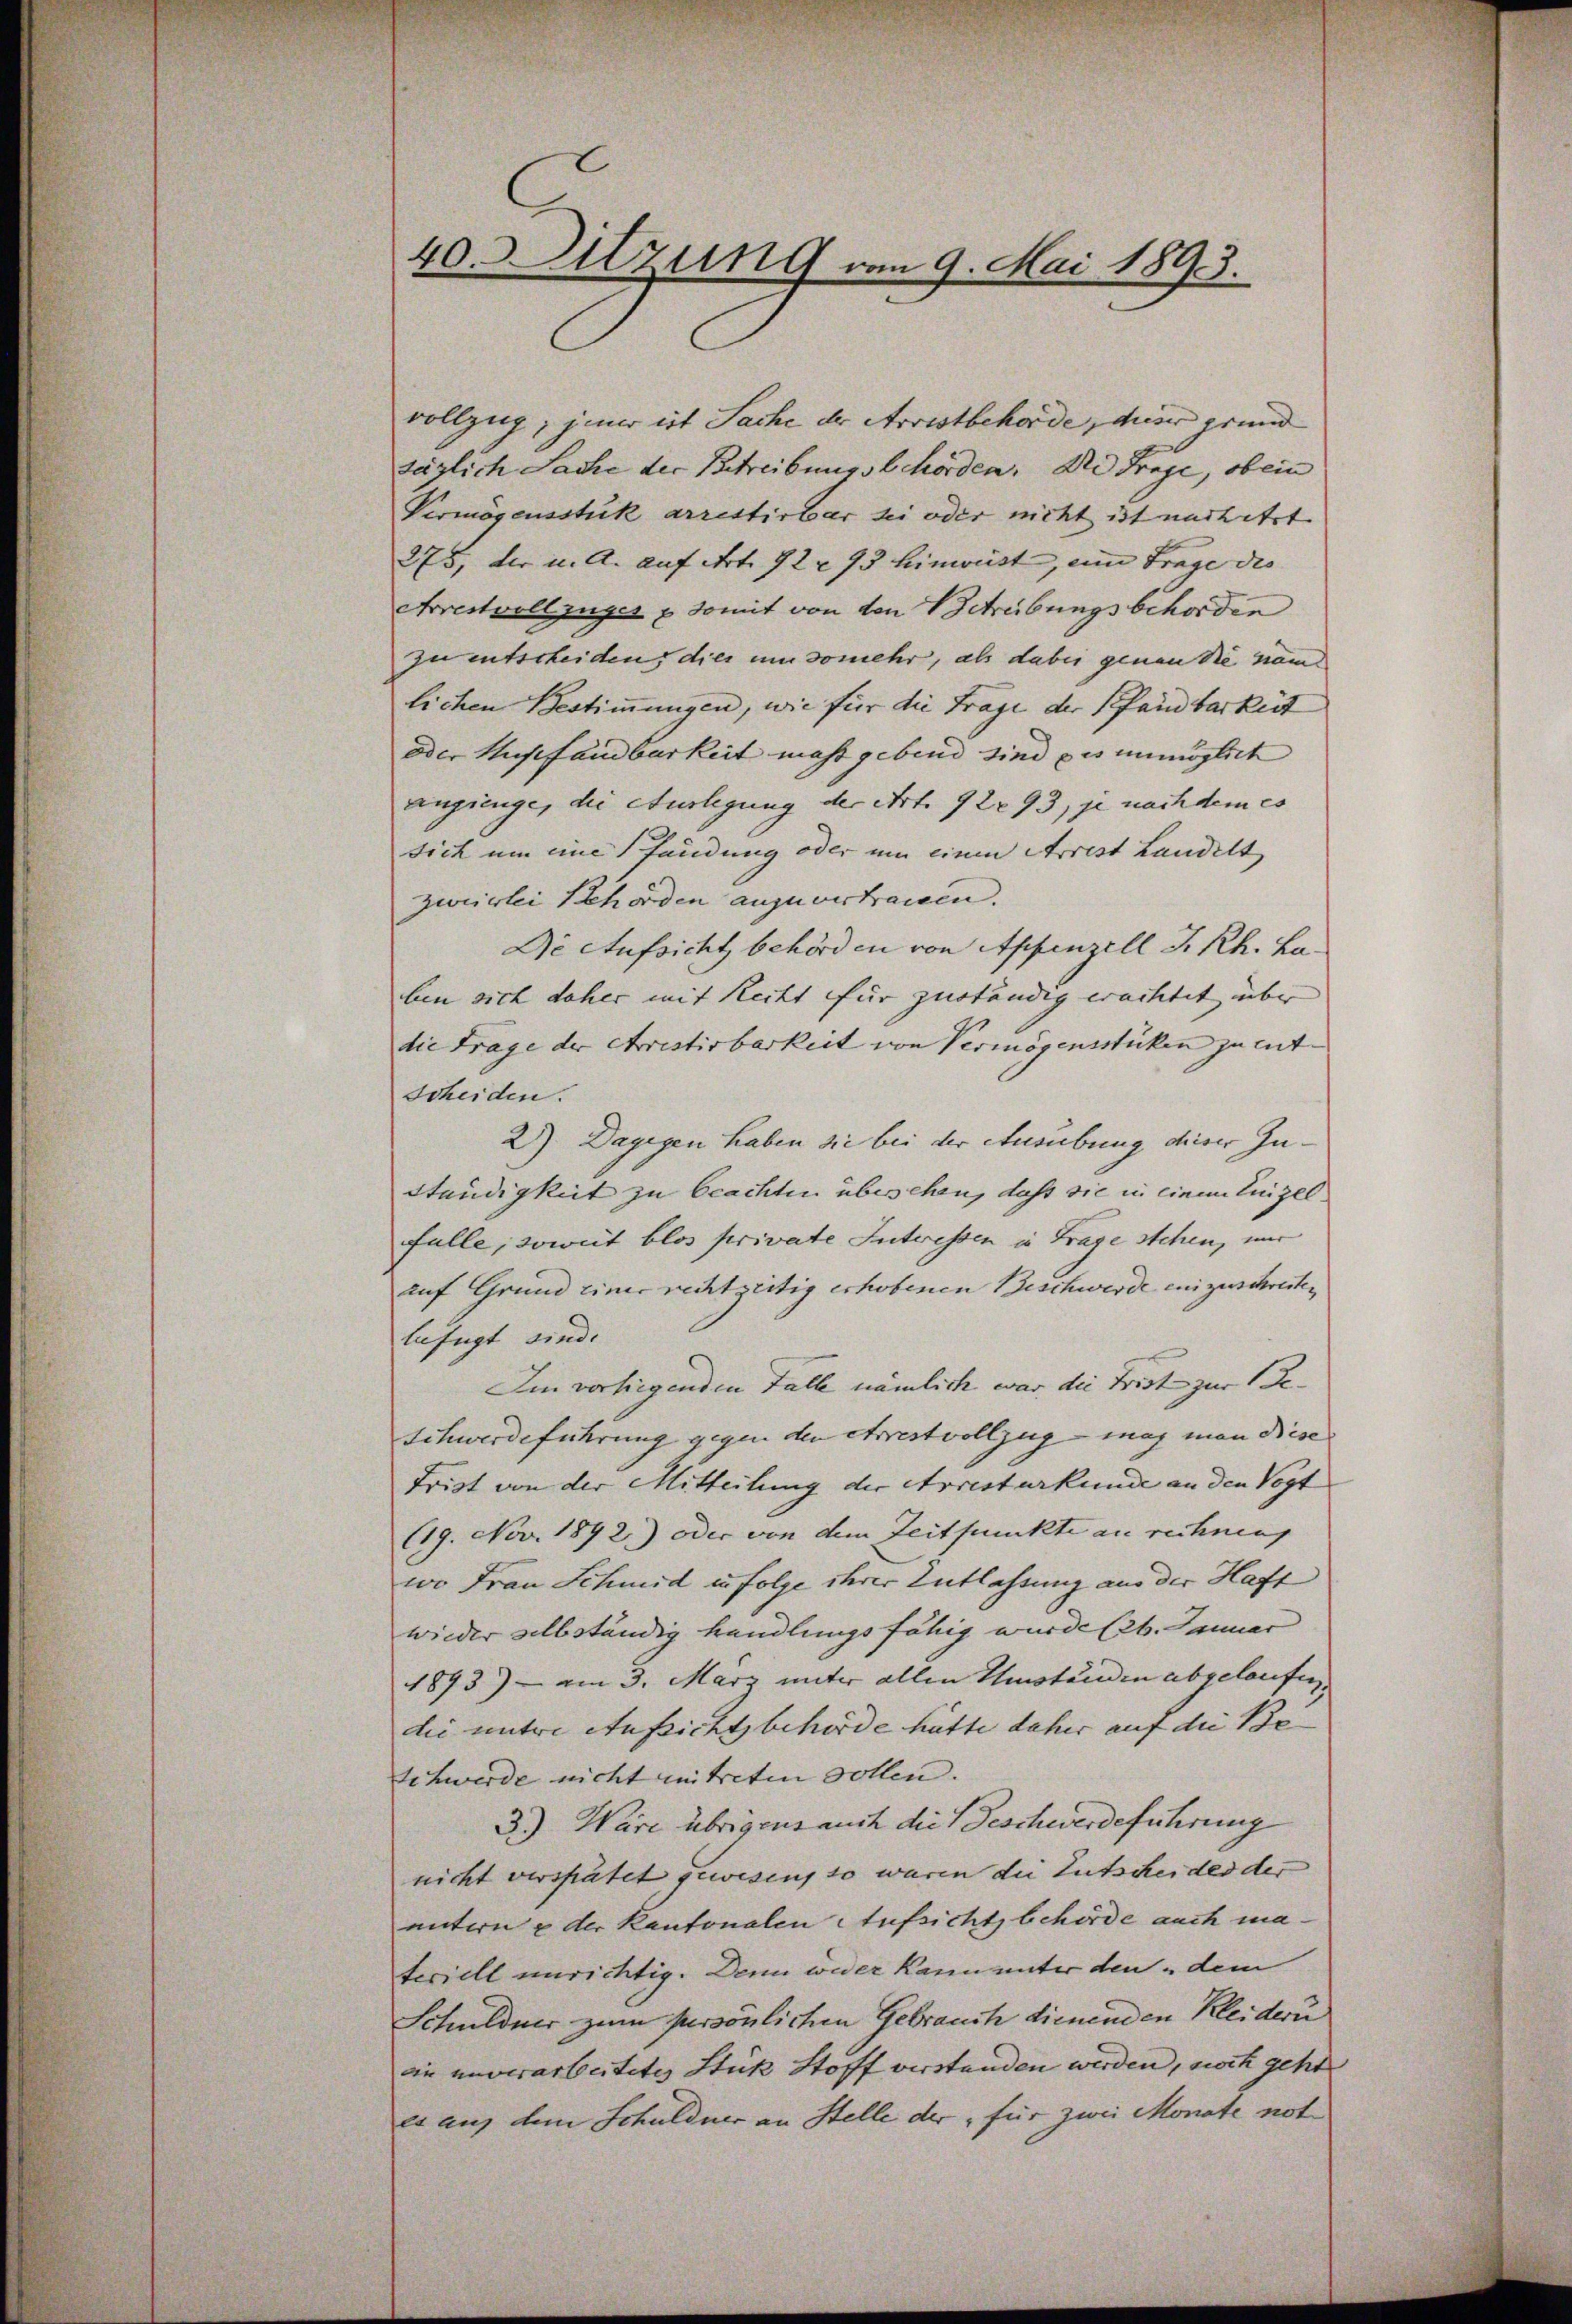
40. Sitzung vom 9. Mai 1893.

vollzug; jener ist Sache der Arrestbehörde, dieser grund
täglich Sache der Betreibungsbehörden. Die Frage, ob ein
Vermögensstük arrestirbar sei oder nicht ist nachitet
275, der u. A. auf Art. 722 93 hinweist, eine Frage die |
Arrestvollzuges & somit von den Betreibungsbehörden
zu entscheiden, dies umsomehr, als dabei genen Sie nam
lichen Bestimmungen, wie für die Frage der Pfandbarkeit
oder Misfandbarkeit mass gebend sind des unmöglich
anginge, die eturlegung der Art. 92 93, je nachdem es
sich um eine fandung oder um einen Arrest Landelt
zweierlei Schorden anzuvertrauen.
Die Aufsicht behörden von Appenzell I. Rh. Laben sich daher mit Recht für zuständig erachtet über
die Frage der Arrestirbarkeit von Vermögensstücken zu ent- |
scheiden.
2). Dagegen haben sie bei der Ausübung dieser Ju¬
Ständigkeit zu beachten übersehen, daß sie in einem Einzelfalle, soweit blos private Intressen in Frage stehen, mir
auf Grund einer rechtzeitig erhobenen Beschwerde einzuschreiten
befugt sind. |
Im vorliegenden Falle nämlich war die Frist zur Ge¬
Schwerdeführung gegen den errestvollzug mag man diese
Frist von der Mitteilung der Arrestarkunde an den Vogt
(19. Nov. 1892.) oder von dem Zeitpunkte au rechnung
wo Frau Schmid in folge ihrer Entlassung aus der Haft
wieder selbständig handlungsfähig wurde lt. Januar
1893) - am 3. März unter allen Umständen abgelaufen,
die untere Aufsichtsbehörde hätte daher auf die Be
Schwerde nicht mitreten sollen. |
3.) Wäre übrigens auch die Geschwerdeführung
nicht verspätet gewesen, so waren die Entscheides der |
untern & der Kantonalen Aufsicht behörde auch mateciell unrichtig. Denn weder kann unter den dem
Schuldner zum persönlichen Gebrauch dienenden Kleidern
din unverarbeitetes Stück Stoff verstanden werden, noch geht
es auf dem Schuldner an Stelle der, für zwei Monate not